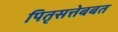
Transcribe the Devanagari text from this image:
पितृसत्तेबबत